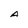
Character: A